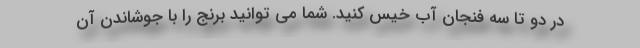
در دو تا سه فنجان آب خیس کنید. شما می توانید برنج را با جوشاندن آن